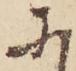
に